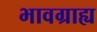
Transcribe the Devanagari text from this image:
भावग्राह्य